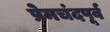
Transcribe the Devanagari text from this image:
प्रेमचंदपूर्व